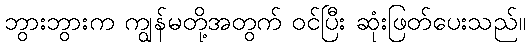
ဘွားဘွားက ကျွန်မတို့အတွက် ဝင်ပြီး ဆုံးဖြတ်ပေးသည်။